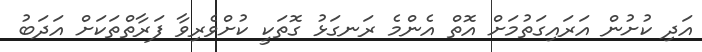
އަދި ކުށުން އަރައިގަތުމަށް އޮތް އެންމެ ރަނގަޅު ގޮތަކީ ކުށްވެރިވާ ފަރާތްތަކަށް އަދަބު